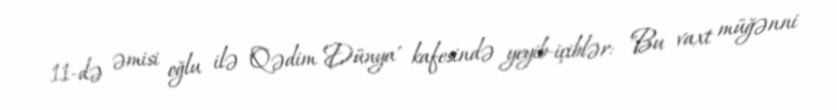
11-də əmisi oğlu ilə "Qədim Dünya' kafesində yeyib-içiblər: "Bu vaxt müğənni